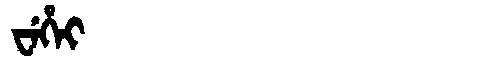
Manchu: ᠸᡝᡥᡝᡳ
Romanization: WEHEI